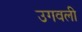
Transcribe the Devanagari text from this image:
उगवली